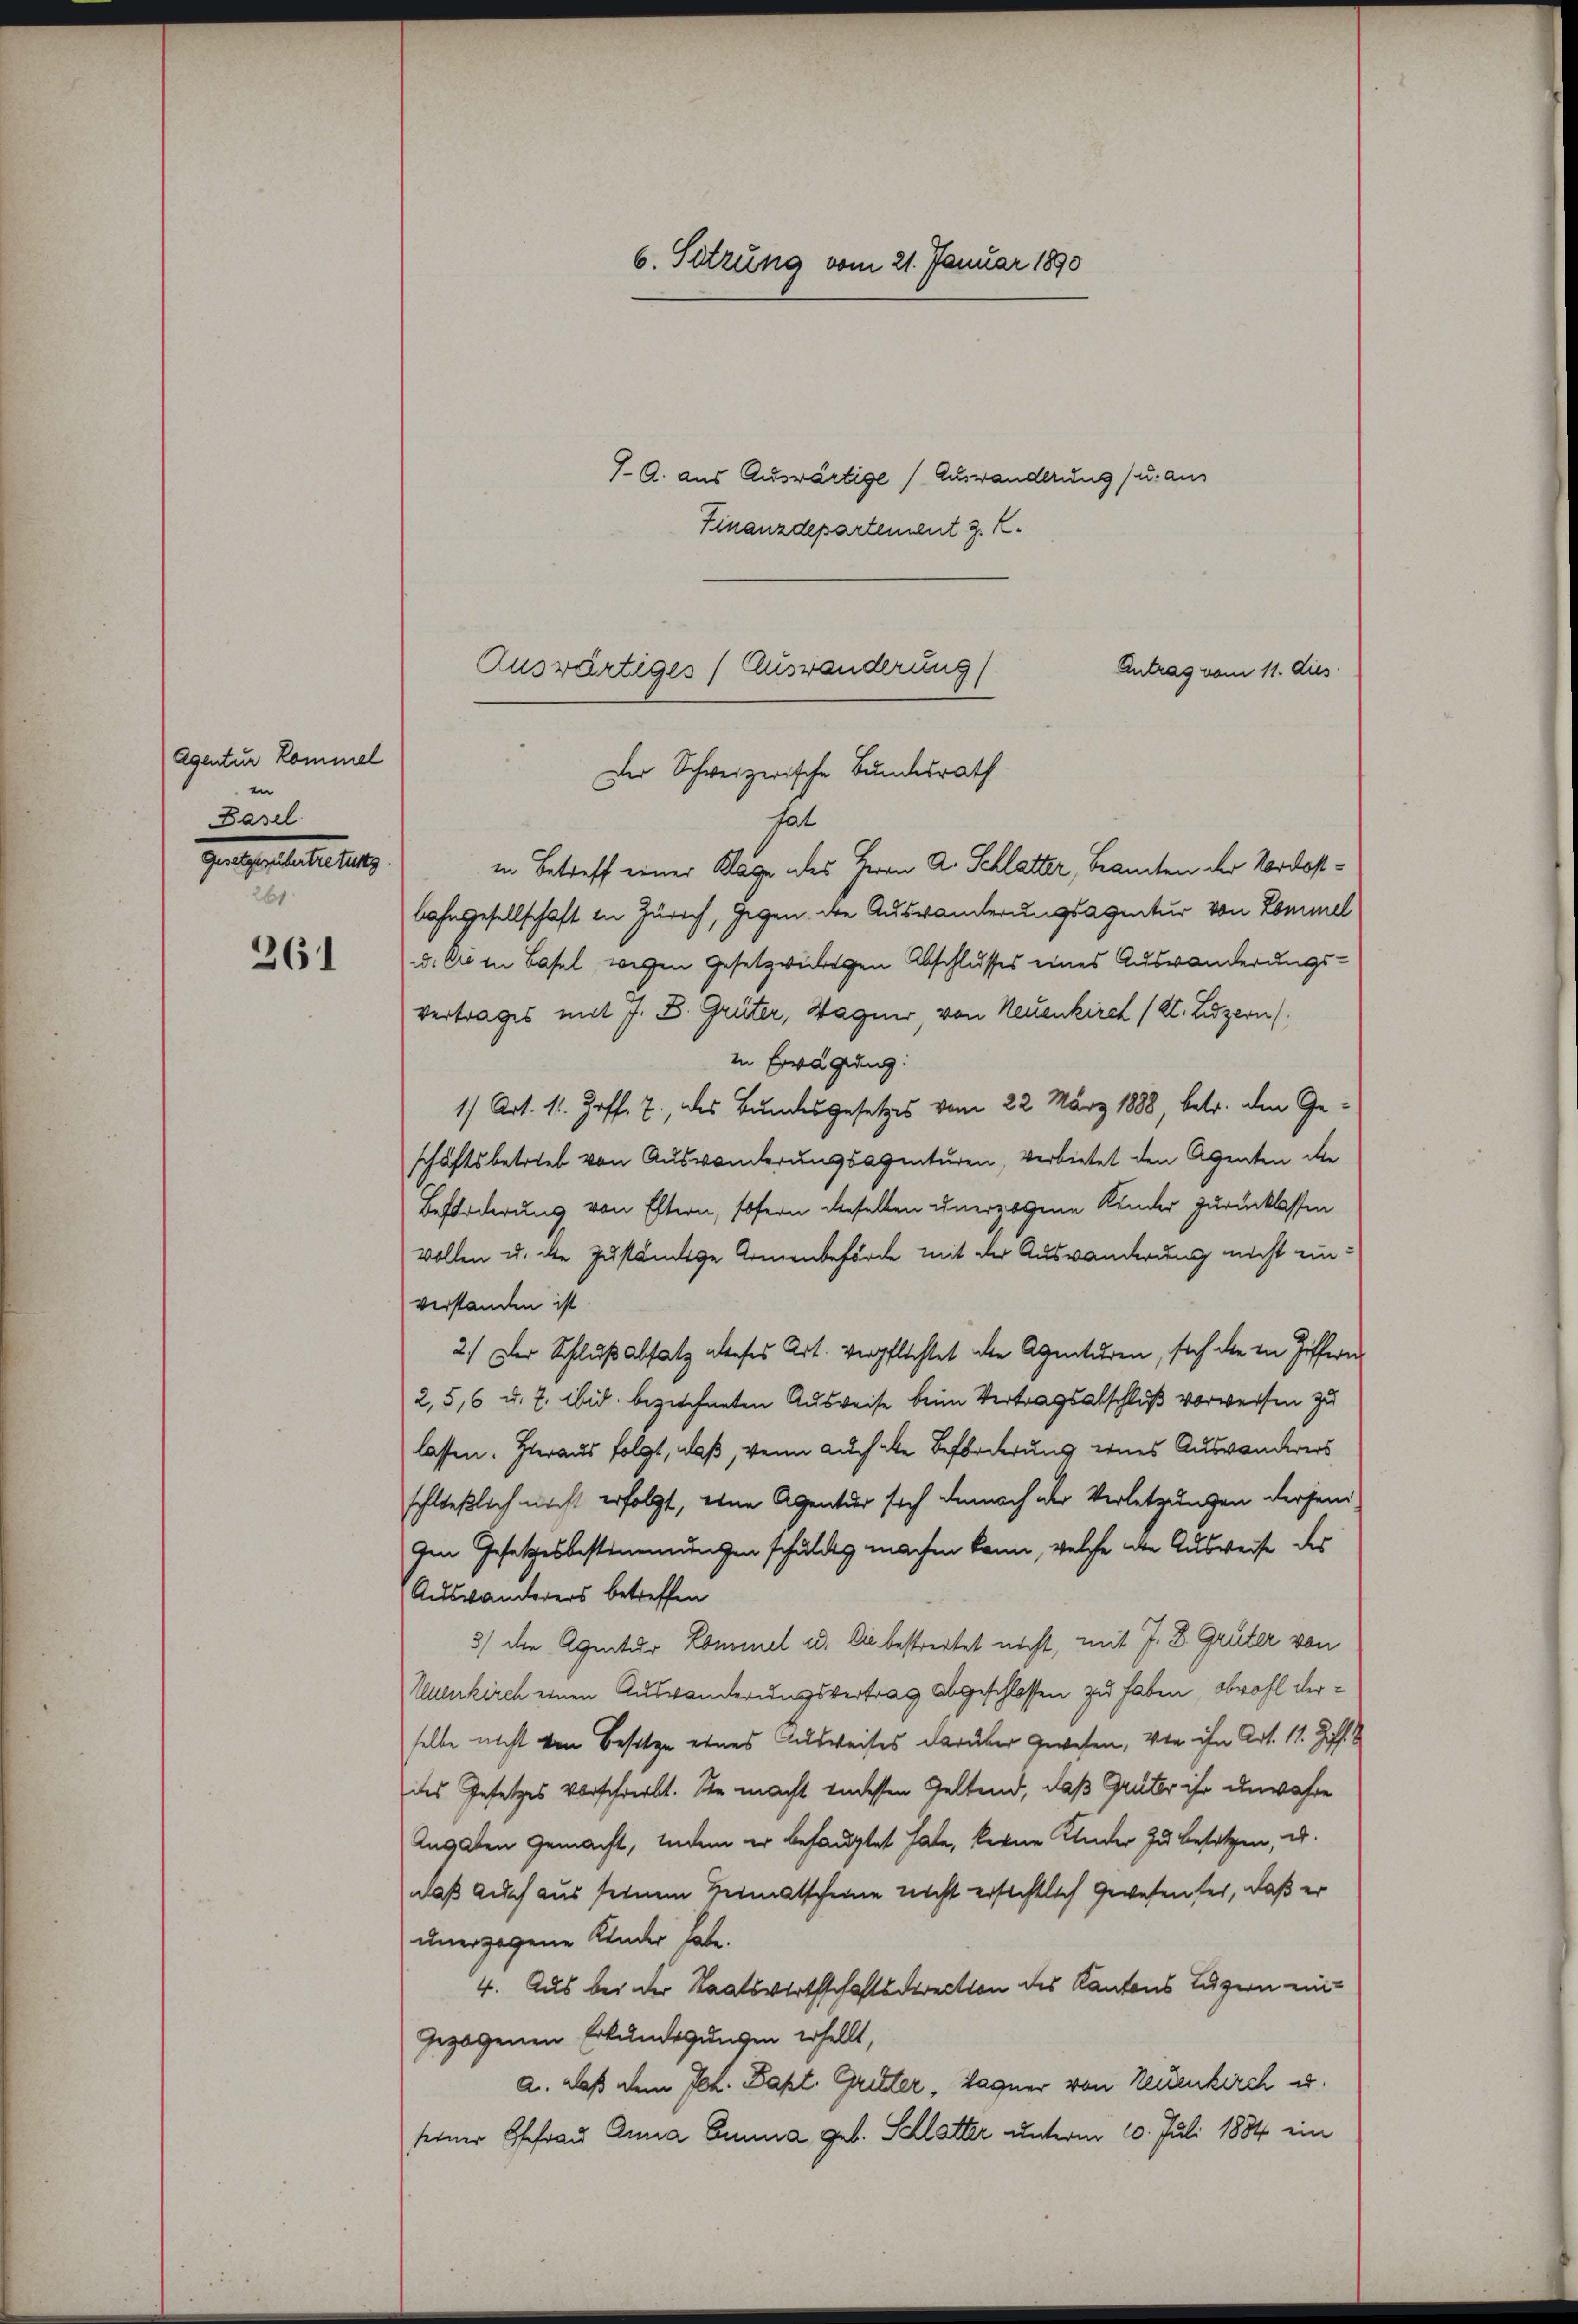
Agentur kommel
en
Basel.
Gegnetenteilung
26

261

7. A. aus Auswärtige Auswanderung) u. aus
Finanzdepartement z. K.
Antrag vom 11. dies
hat
in Betreff einer Klage des Herrn A. Schlatter, Beamten der Nordostbahngesellschaft in Zürich, gegen die Auswanderungsagetur von Kommel
. Die in Basel wegen gesetzwiligen Abschlusses eines Auswanderungs-
vertrages mit J. B. Grüter, Wagner, von Neuenkirch (Kt. Luzern
in Erwägung:
17 Art. 11. Hoff. 7. des Bundesgesetzes vom 22. März 1888 betr. den Geschäftsbetrieb von Auswanderungsagenturen, verbietet den Agenten die
Beförderung von Eltern, sofern derselben unerzogene Kinder zurücklassen
vollen u. die zuständige Armenbehörde mit der Auswanderung nicht einverstanden ist.
2.) Der Schluß absatz dieses Art. verpflichtet die Agenturen, sich die in Ziffern
2,5,6 u. 7. ibid. beziechneten Ausweise beim Vertragsabschluß vorweisen zu
lassen. Hieraus folgt, daß, wenn auch die Beförderung eines Auswanderers
schließlich nicht erfolgt, eine Agentur sich danach der Verletzungen derjenigen Gesetzesbestimmungen schuldig machen kann, welche aber Ausweise des
Auswanderers betreffen
3) die Agentur Kommel u. Die bestreitet nicht, mit J. D. Grüter von
Neuenkirch einen Auswanderungsvertrag abgeschlossen zu haben, obwohl derselbe nicht von Besitze eines Ausweises darüber gewesen, von ihn Art. 11. Ziff.
des Gesetzes vorschreibt. Sie macht indessen Geltend, daß Grüter ihr unwahre
Angaben gemacht, liedem er behauptet hate, keine Kluder zu besetzen, u.
daß auch aus seinem Heimatscheine nicht ersichtlich gewesen sei, daß er
unerzogene Kinder habe.
4. Aus bei der Staatswirthschaftsdirection des Kantons Luzern eingezogenen Erkundigungen erhellt,
a. daß dem Joh. Bapt. Gritter, Wagner von Neuenkirch u.
seiner Ehefrau Anna Cuma geb. Schlatter unterm 10. Juli 1884 ein

Auswärtiges (Auswanderung
Der Schweizerische Bundesrath

6. Setzung vom 21. Januar 1890